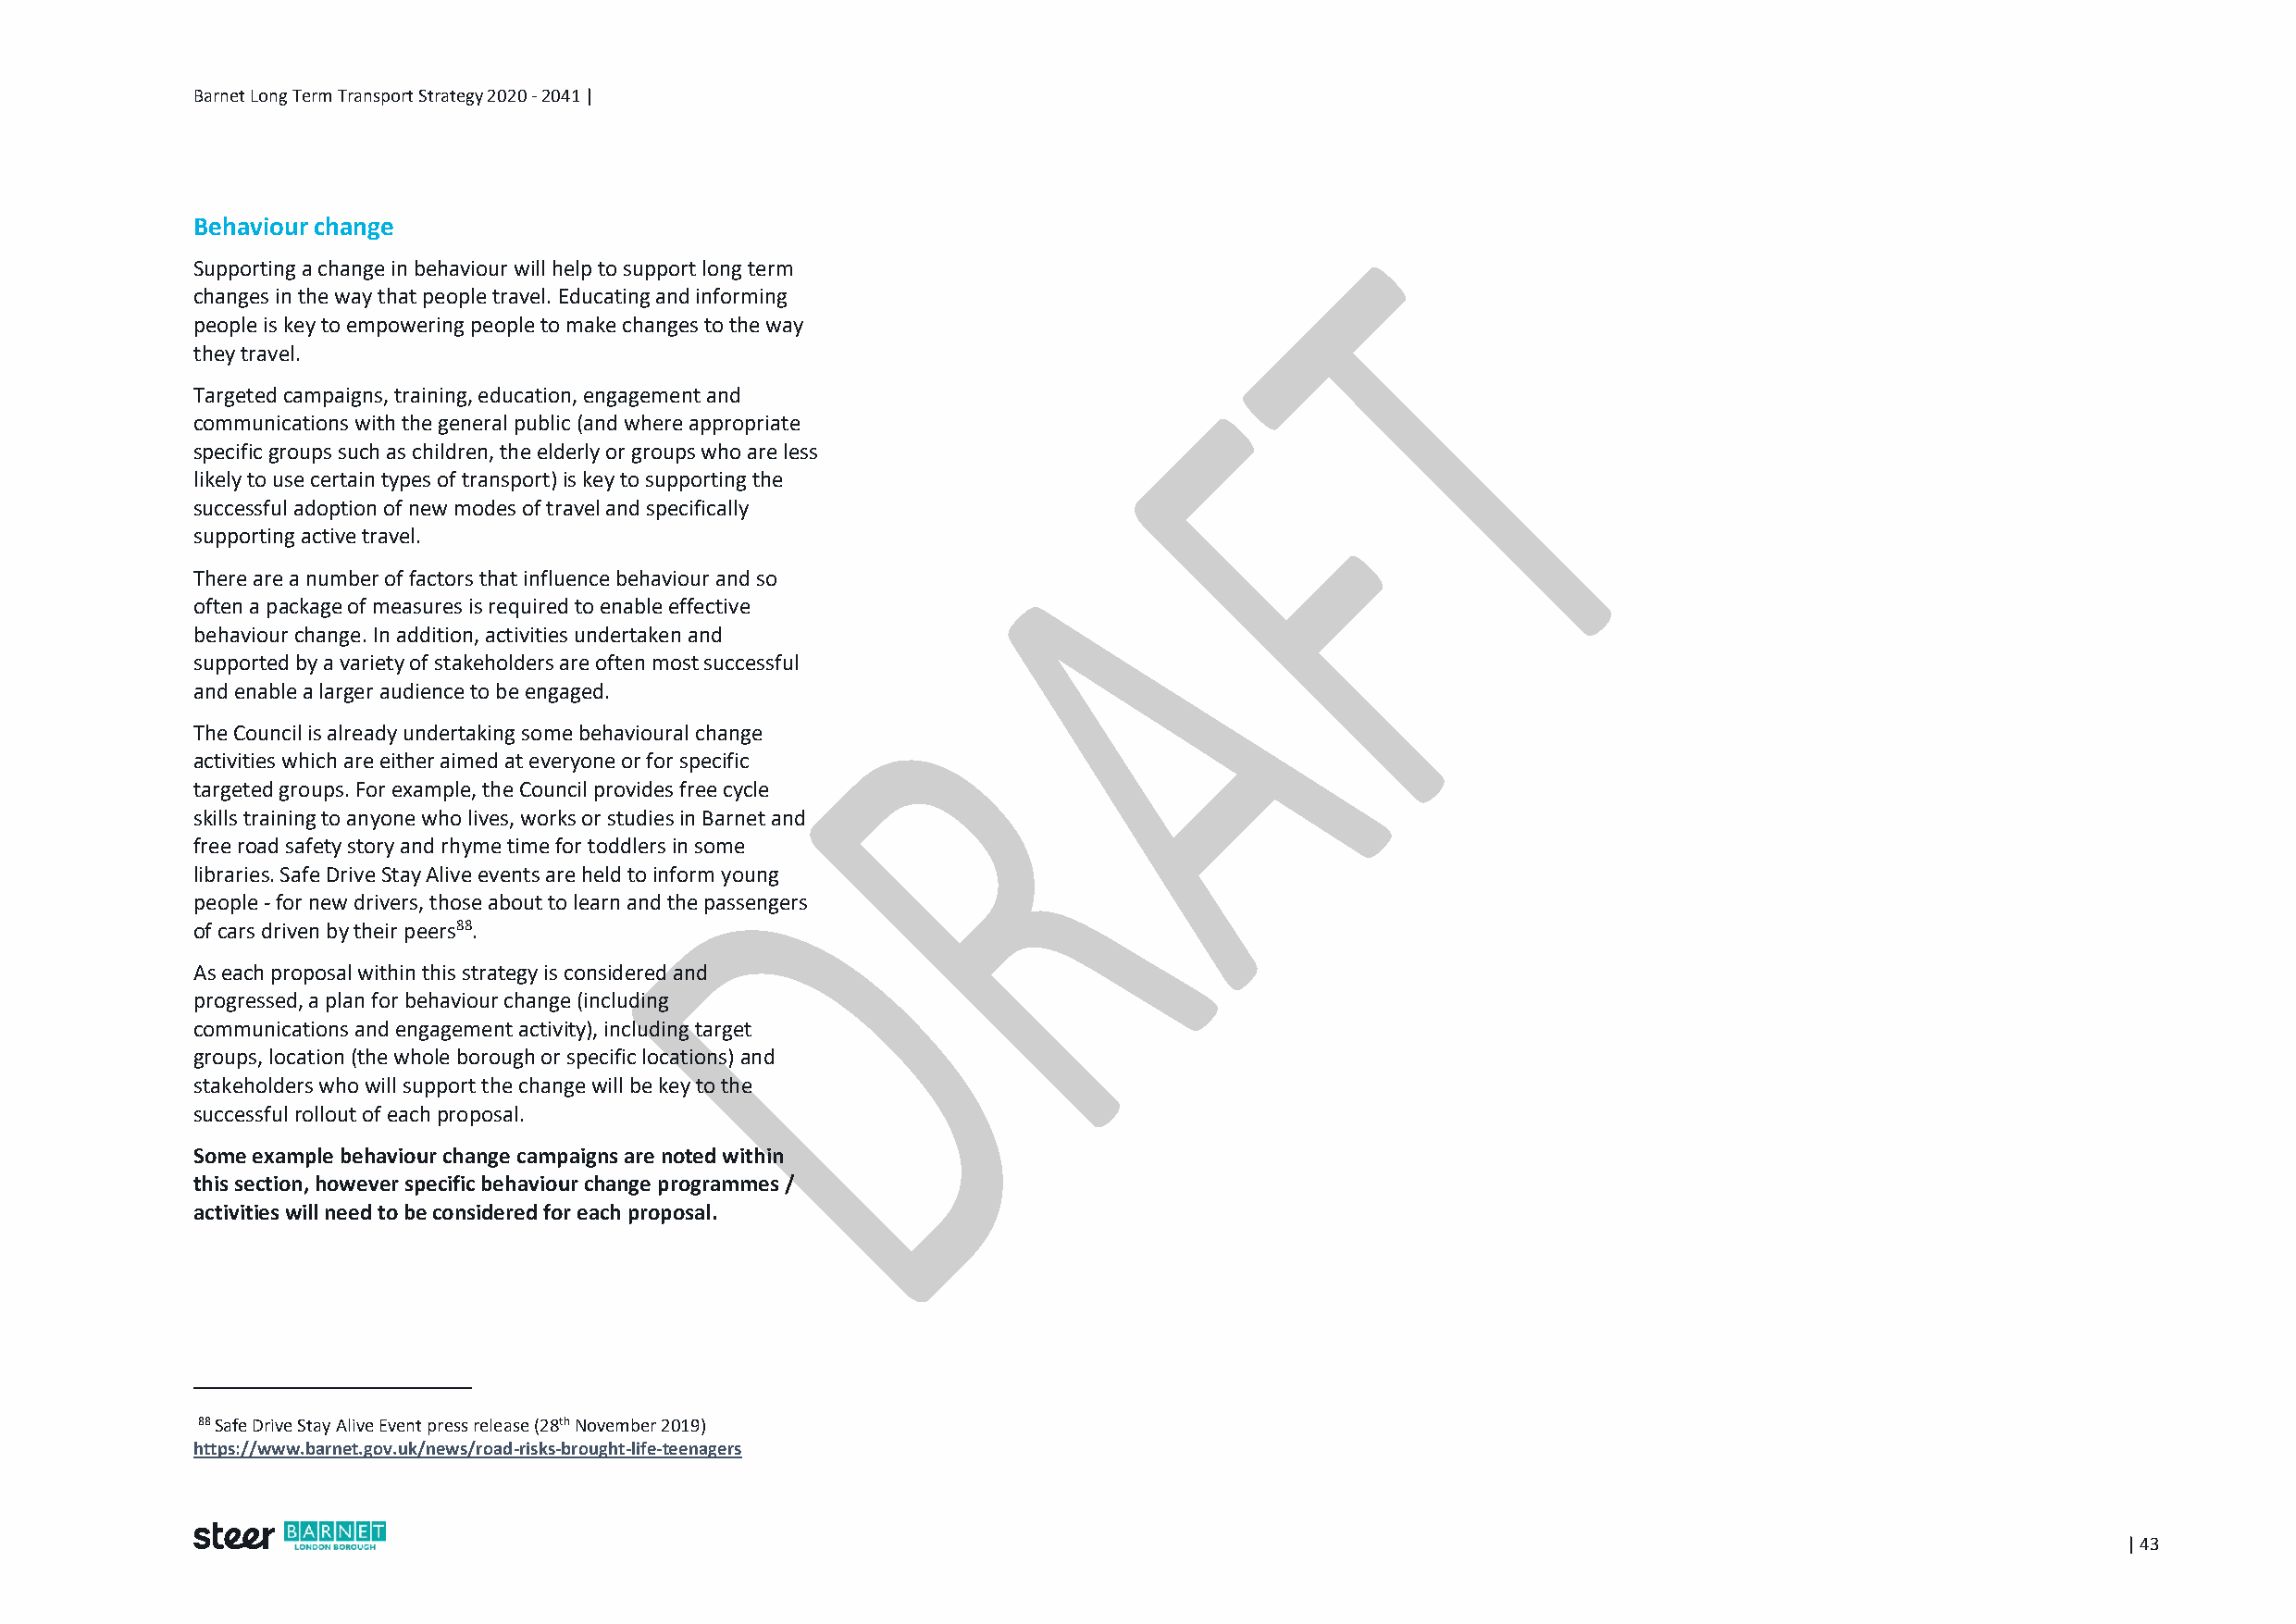
Barnet Long Term Transport Strategy 2020 - 2041 |
 Behaviour change
 Supporting a change in behaviour will help to support long term
 changes in the way that people travel. Educating and informing
 people is key to empowering people to make changes to the way
 they travel.
 Targeted campaigns, training, education, engagement and
 communications with the general public (and where appropriate
 specific groups such as children, the elderly or groups who are less
 likely to use certain types of transport) is key to supporting the
 successful adoption of new modes of travel and specifically
 supporting active travel.
 There are a number of factors that influence behaviour and so
 often a package of measures is required to enable effective
 behaviour change. In addition, activities undertaken and
 supported by a variety of stakeholders are often most successful
 and enable a larger audience to be engaged.
 The Council is already undertaking some behavioural change
 activities which are either aimed at everyone or for specific
 targeted groups. For example, the Council provides free cycle
 skills training to anyone who lives, works or studies in Barnet and
 free road safety story and rhyme time for toddlers in some
 libraries. Safe Drive Stay Alive events are held to inform young
 people - for new drivers, those about to learn and the passengers
 of cars driven by their peers88.
 As each proposal within this strategy is considered and
 progressed, a plan for behaviour change (including
 communications and engagement activity), including target
 groups, location (the whole borough or specific locations) and
 stakeholders who will support the change will be key to the
 successful rollout of each proposal.
 Some example behaviour change campaigns are noted within
 this section, however specific behaviour change programmes /
 activities will need to be considered for each proposal.
 88 Safe Drive Stay Alive Event press release (28th November 2019)
 https://www.barnet.gov.uk/news/road-risks-brought-life-teenagers
 | 43